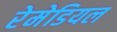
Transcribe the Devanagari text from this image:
रेमेडियल